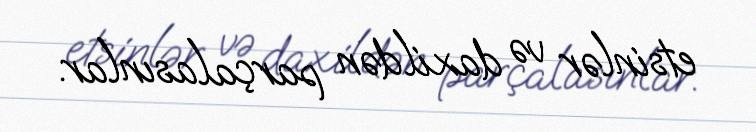
etsinlər və daxildən parçalasınlar.